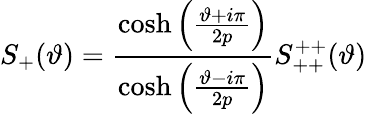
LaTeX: S_{+}(\vartheta)=\frac{\cosh\left(\frac{\vartheta+i\pi}{2p}\right)}{\cosh\left(\frac{\vartheta-i\pi}{2p}\right)}S_{++}^{++}(\vartheta)